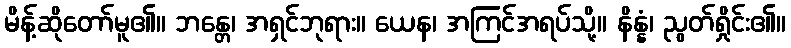
မိန့်ဆိုတော်မူ၏။ ဘန္တေ၊ အရှင်ဘုရား။ ယေန၊ အကြင်အရပ်သို့။ နိန္နံ၊ ညွတ်ရှိုင်း၏။